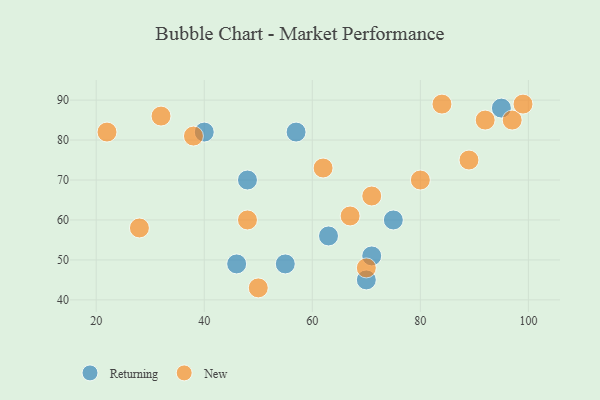
{"axis": {"x": "GDP", "y": "Life Expectancy"}, "legend": ["New", "Returning"], "data": [{"x": "57", "y": 82, "type": "Returning"}, {"x": "40", "y": 82, "type": "Returning"}, {"x": "75", "y": 60, "type": "Returning"}, {"x": "63", "y": 56, "type": "Returning"}, {"x": "55", "y": 49, "type": "Returning"}, {"x": "46", "y": 49, "type": "Returning"}, {"x": "48", "y": 70, "type": "Returning"}, {"x": "95", "y": 88, "type": "Returning"}, {"x": "70", "y": 45, "type": "Returning"}, {"x": "71", "y": 51, "type": "Returning"}, {"x": "48", "y": 60, "type": "New"}, {"x": "97", "y": 85, "type": "New"}, {"x": "22", "y": 82, "type": "New"}, {"x": "32", "y": 86, "type": "New"}, {"x": "99", "y": 89, "type": "New"}, {"x": "38", "y": 81, "type": "New"}, {"x": "92", "y": 85, "type": "New"}, {"x": "50", "y": 43, "type": "New"}, {"x": "71", "y": 66, "type": "New"}, {"x": "80", "y": 70, "type": "New"}, {"x": "28", "y": 58, "type": "New"}, {"x": "70", "y": 48, "type": "New"}, {"x": "67", "y": 61, "type": "New"}, {"x": "89", "y": 75, "type": "New"}, {"x": "84", "y": 89, "type": "New"}, {"x": "62", "y": 73, "type": "New"}]}